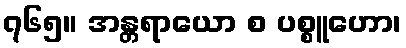
၇၆၅။ အန္တရာယော စ ပစ္စူဟော၊